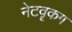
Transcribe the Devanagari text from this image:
नेटवॄकग